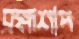
ব্রহ্মশাপ